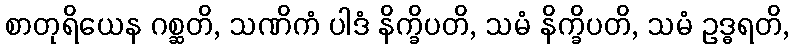
စာတုရိယေန ဂစ္ဆတိ, သဏိကံ ပါဒံ နိက္ခိပတိ, သမံ နိက္ခိပတိ, သမံ ဥဒ္ဓရတိ,